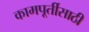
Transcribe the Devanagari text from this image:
कामपूर्तीसाठी